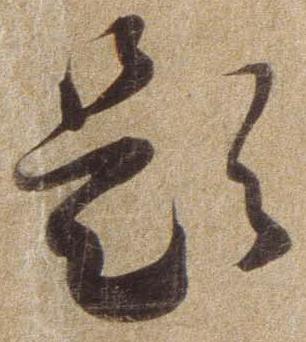
題